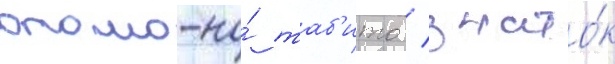
отомо-но́ таб'ито / знато́к